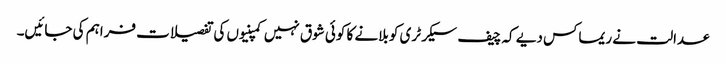
عدالت نے ریماکس دیے کہ چیف سیکرٹری کو بلانے کا کوئی شوق نہیں کمپنیوں کی تفصیلات فراہم کی جائیں۔